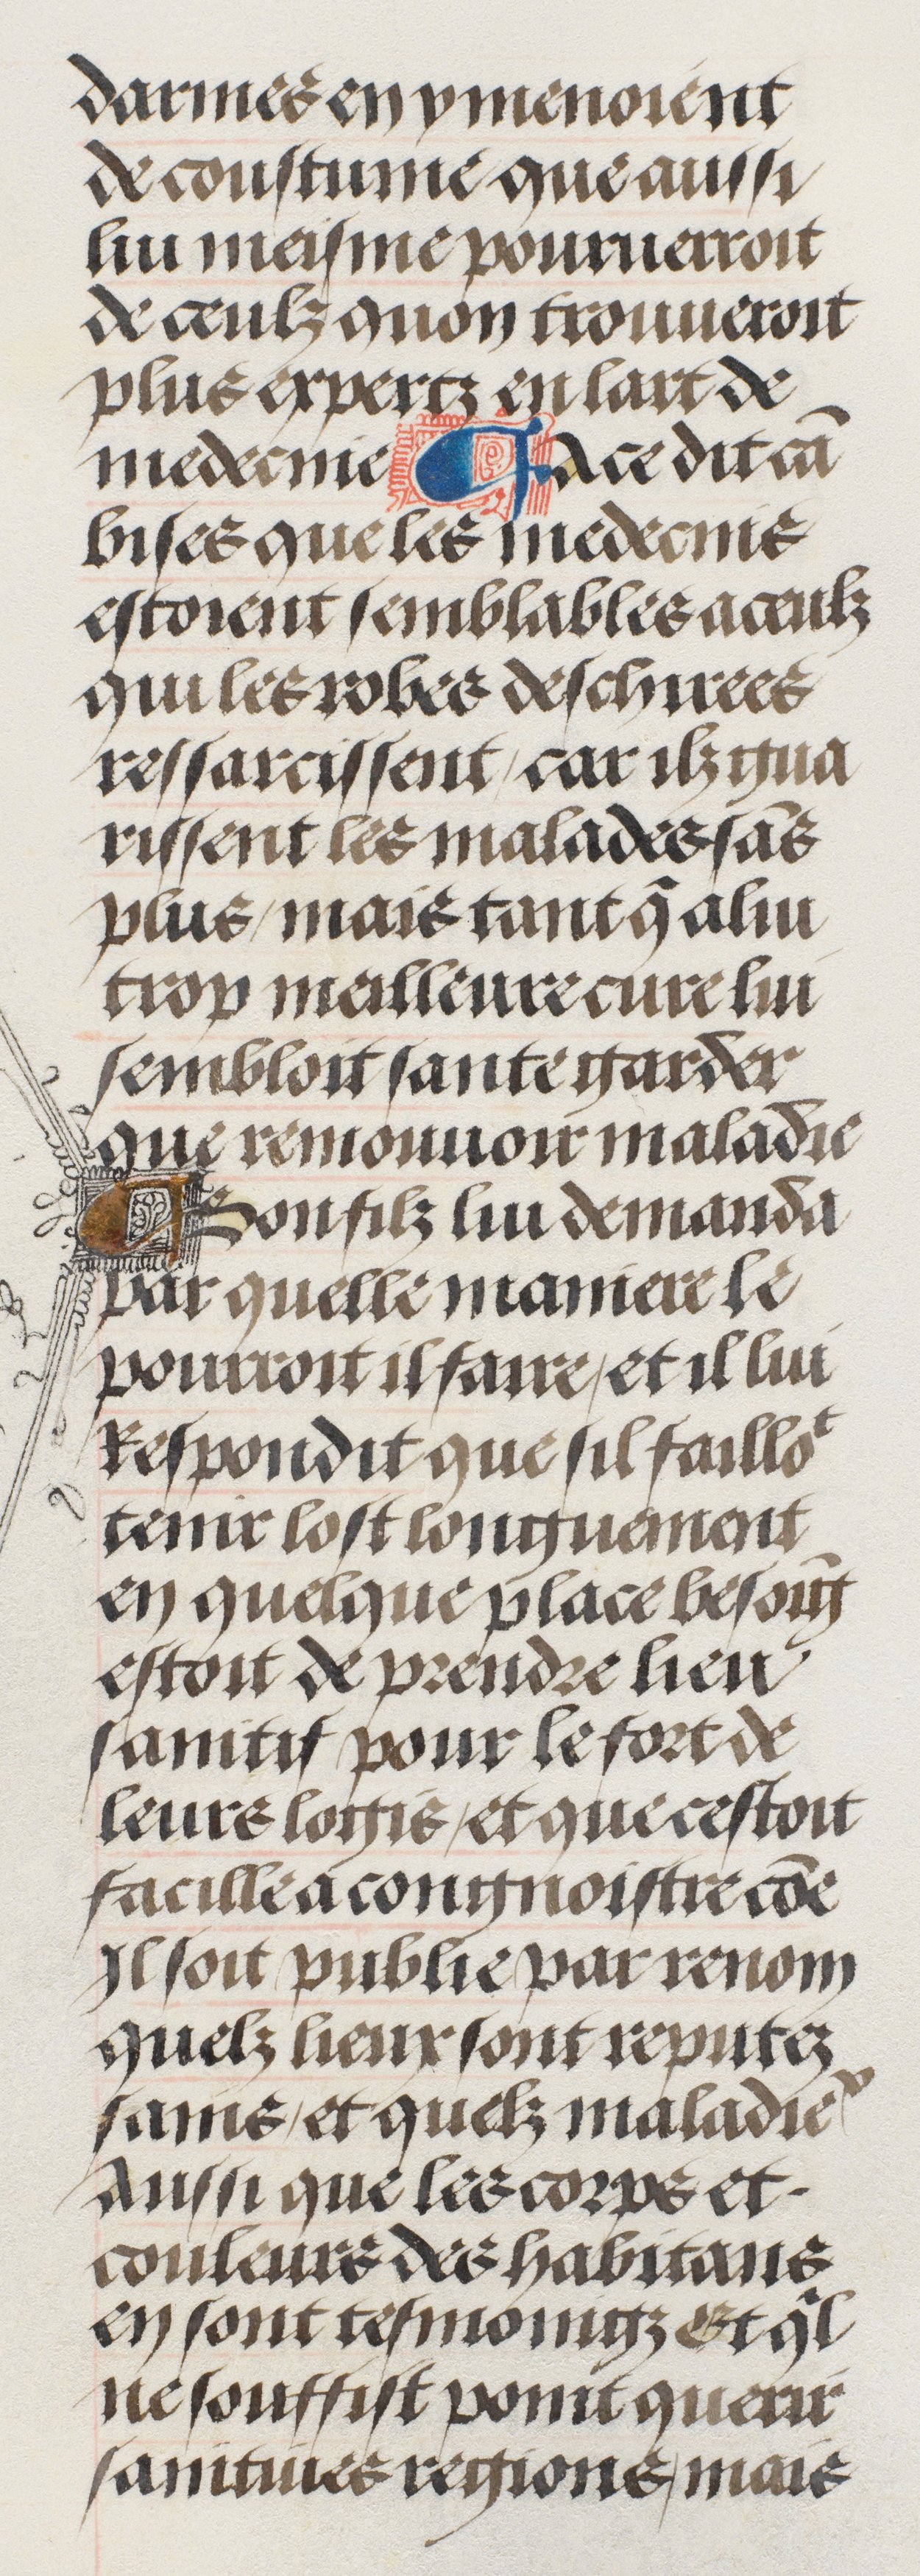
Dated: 1485–1505